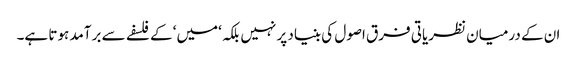
ان کے درمیان نظریاتی فرق اصول کی بنیاد پر نہیں بلکہ ‘میں‘ کے فلسفے سے برآمد ہوتا ہے۔